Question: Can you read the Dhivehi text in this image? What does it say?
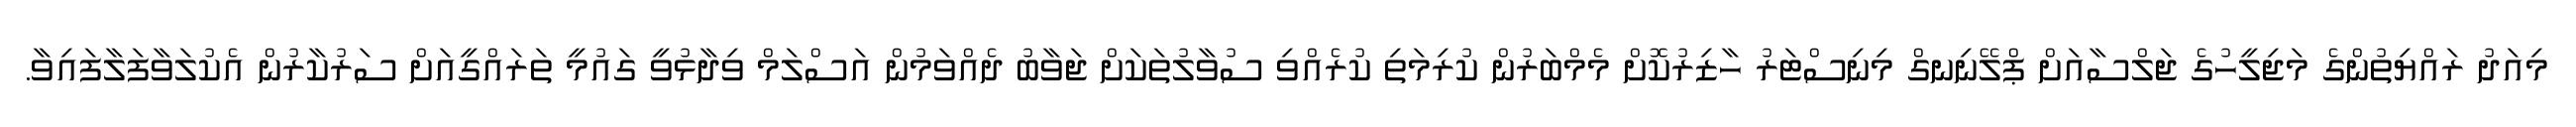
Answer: މިއަދު ރައްޔިތުންގެ މަޖިލީހުގެ ޖަލްސާއަށް ޕްލޭނިނގް މިނިސްޓަރު ހާޒިރުކޮށް މެމްބަރުން ކުރިމަތި ކުރެއްވި ސުވާލުތަކަށް ޖަވާބު ދެއްވަމުން އަސްލަމް ވިދާޅުވީ ގައުމީ ތަރައްގީއަށް ސަރުކާރުން އެކުލަވާފަލާފައިވާ.